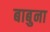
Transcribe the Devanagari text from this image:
बाबुना